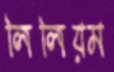
লিলিয়ম